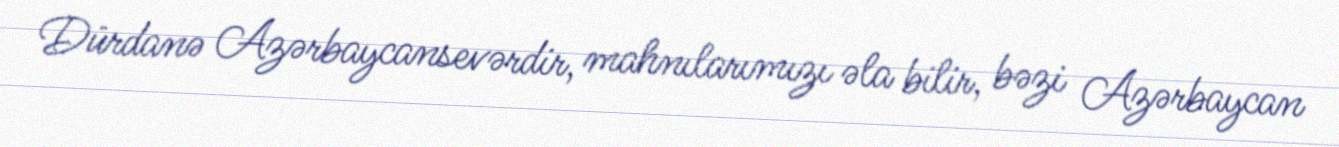
Dürdanə Azərbaycansevərdir, mahnılarımızı əla bilir, bəzi Azərbaycan